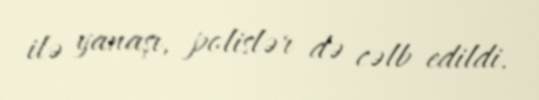
ilə yanaşı, polislər də cəlb edildi.